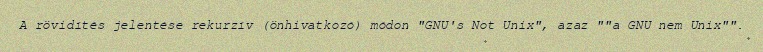
A rövidítés jelentése rekurzív (önhivatkozó) módon "GNU's Not Unix", azaz ""a GNU nem Unix"".